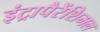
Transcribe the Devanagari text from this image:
इंट्रापैरेंशिमल